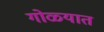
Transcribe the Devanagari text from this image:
गोळ्यात